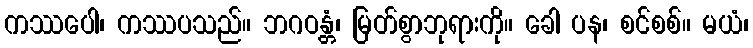
ကဿပေါ၊ ကဿပသည်။ ဘဂဝန္တံ၊ မြတ်စွာဘုရားကို။ ခေါ ပန၊ စင်စစ်။ မယံ၊